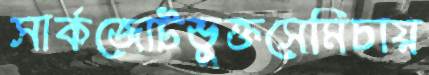
সার্কজোটভুক্তসেমিচায়